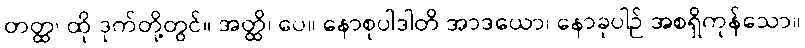
တတ္ထ၊ ထို ဒုက်တို့တွင်။ အတ္ထိ၊ ပေ။ နောစုပါဒါတိ အာဒယော၊ နောခုပါဉ် အစရှိကုန်သော။